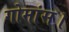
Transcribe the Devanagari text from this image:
गोमांस।